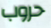
حروب